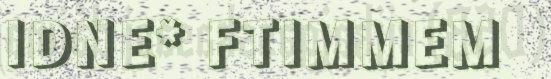
IDNE* FTIMMEM